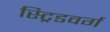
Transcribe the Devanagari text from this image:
स्ट्रिडवर्ग